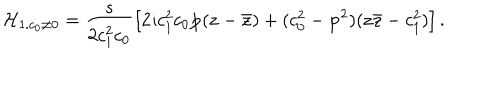
{ \cal H } _ { 1 . c _ { 0 } \neq 0 } = \frac { s } { 2 c _ { 1 } ^ { 2 } c _ { 0 } } \left[ 2 \imath c _ { 1 } ^ { 2 } c _ { 0 } { \bf p } ( { \bf z } - { \bf { \bar { z } } } ) + ( c _ { 0 } ^ { 2 } - { \bf p } ^ { 2 } ) ( { \bf z } { \bar { \bf z } } - c _ { 1 } ^ { 2 } ) \right] .